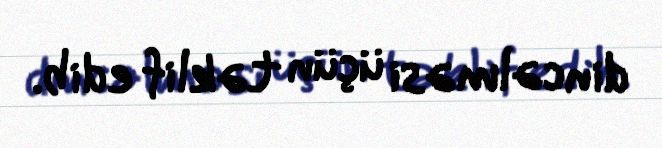
dincəlməsi üçün təklif edib.